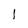
Character: l